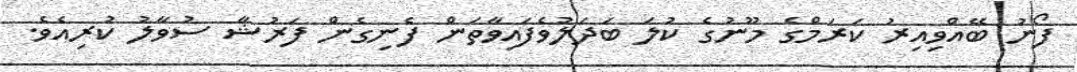
ފޯނު ބޭއްވިއިރު ކަރަމްގެ މޫނުގެ ކުލަ ބަދަލުވެފައިވާތަން ފެނިގެން ފަރުޝާ ސުވާލު ކުރިއެވެ.